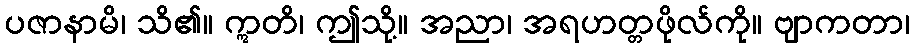
ပဇာနာမိ၊ သိ၏။ ဣတိ၊ ဤသို့။ အညာ၊ အရဟတ္တဖိုလ်ကို။ ဗျာကတာ၊